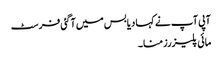
آپی آپ نے کہا دیا بس میں آگئی فرسٹ
مائی پلیزرز منا ۔